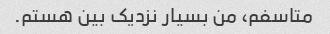
متاسفم، من بسیار نزدیک بین هستم.